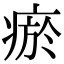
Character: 瘀